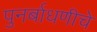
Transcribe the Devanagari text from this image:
पुनर्बाधणीचे